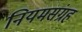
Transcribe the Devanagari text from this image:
नियमसंग्रह